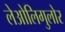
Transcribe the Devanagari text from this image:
लेओलिगुलोर